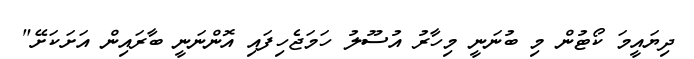
ދިޔައީމަ ކޯޓުން މި ބުނަނީ މިހާރު އުސޫލު ހަމަޖެހިފައި އޮންނަނީ ބާރައިން އަށަކަށޭ"